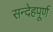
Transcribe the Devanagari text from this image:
सन्देहपूर्ण